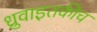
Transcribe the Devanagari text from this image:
ध्रुवाइतकीच